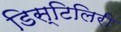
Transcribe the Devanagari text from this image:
डिस्टिलिरी